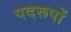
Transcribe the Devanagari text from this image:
पदरूपों